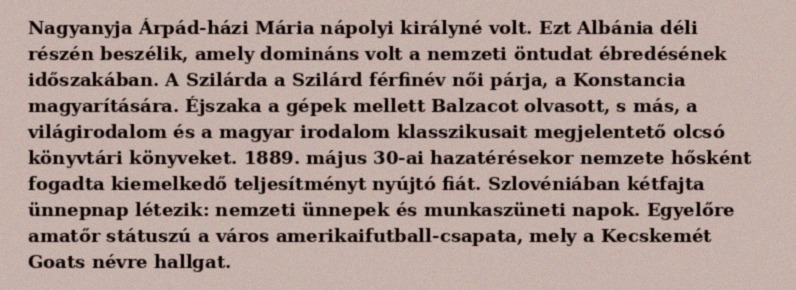
Nagyanyja Árpád-házi Mária nápolyi királyné volt. Ezt Albánia déli részén beszélik, amely domináns volt a nemzeti öntudat ébredésének időszakában. A Szilárda a Szilárd férfinév női párja, a Konstancia magyarítására. Éjszaka a gépek mellett Balzacot olvasott, s más, a világirodalom és a magyar irodalom klasszikusait megjelentető olcsó könyvtári könyveket. 1889. május 30-ai hazatérésekor nemzete hősként fogadta kiemelkedő teljesítményt nyújtó fiát. Szlovéniában kétfajta ünnepnap létezik: nemzeti ünnepek és munkaszüneti napok. Egyelőre amatőr státuszú a város amerikaifutball-csapata, mely a Kecskemét Goats névre hallgat.